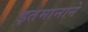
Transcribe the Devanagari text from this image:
इतमानाने